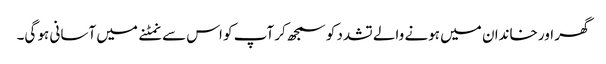
گھر اور خاندان میں ہونے والے تشدد کو سمجھ کر آپ کو اس سے نمٹنے میں آسانی ہو گی۔